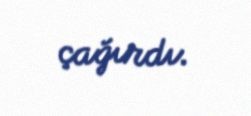
çağırdı.